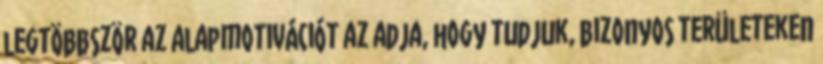
legtöbbször az alapmotivációt az adja, hogy tudjuk, bizonyos területeken